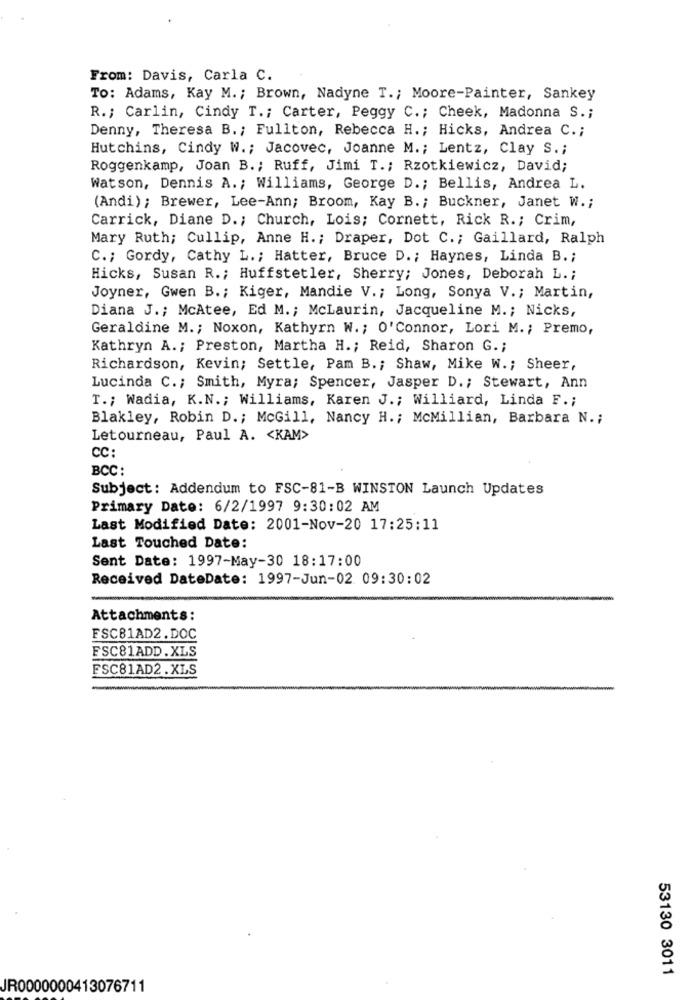
From: Davis, Carla C.
To: Adams, Kay M .; Brown, Nadyne T .; Moore-Painter, Sankey
R .; Carlin, Cindy T .; Carter, Peggy C .; Cheek, Madonna S .;
Denny, Theresa B .; Fullton, Rebecca H .; Hicks, Andrea C .;
Hutchins, Cindy W .; Jacovec, Joanne M .; Lentz, Clay S .;
Roggenkamp, Joan B .; Ruff, Jimi T .; Rzotkiewicz, David;
Watson, Dennis A .; Williams, George D .; Bellis, Andrea L.
(Andi); Brewer, Lee-Ann; Broom, Kay B .; Buckner, Janet W .;
Carrick, Diane D .; Church, Lois; Cornett, Rick R .; Crim,
Mary Ruth; Cullip, Anne H .; Draper, Dot C .; Gaillard, Ralph
C .; Gordy, Cathy L .; Hatter, Bruce D .; Haynes, Linda B .;
Hicks, Susan R .; Huffstetler, Sherry; Jones, Deborah L .;
Joyner, Gwen B .; Kiger, Mandie V .; Long, Sonya V .; Martin,
Diana J .; McAtee, Ed M .; McLaurin, Jacqueline M .; Nicks,
Geraldine M .; Noxon, Kathyrn W. ; O'Connor, Lori M .; Premo,
Kathryn A .; Preston, Martha H .; Reid, Sharon G .;
Richardson, Kevin; Settle, Pam B .; Shaw, Mike W .; Sheer,
Lucinda C .; Smith, Myra; Spencer, Jasper D .; Stewart, Ann
T .; Wadia, K.N .; Williams, Karen J .; Williard, Linda F .;
Blakley, Robin D .; McGill, Nancy H .; McMillian, Barbara N .;
Letourneau, Paul A. < KAM>
CC:
BCC:
Subject: Addendum to FSC-81-B WINSTON Launch Updates
Primary Date: 6/2/1997 9:30:02 AM
Last Modified Date: 2001-Nov-20 17:25:11
Last Touched Date:
Sent Date: 1997-May-30 18:17:00
Received DateDate: 1997-Jun-02 09:30:02
Attachments:
FSC81AD2.DOC
FSC81ADD.XLS
FSC81AD2.XLS
53130 3011
JR0000000413076711